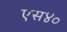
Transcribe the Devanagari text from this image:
एस४०